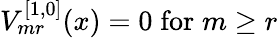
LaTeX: V_{mr}^{[1,0]}(x)=0\; \mathrm{for}\; m\ge r